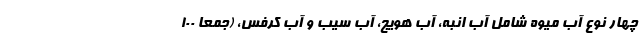
چهار نوع آب میوه شامل آب انبه، آب هویج، آب سیب و آب کرفس، (جمعا ۱۰۰